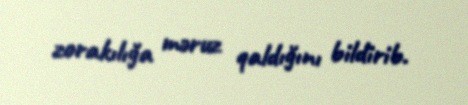
zorakılığa məruz qaldığını bildirib.